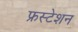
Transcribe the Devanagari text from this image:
फ्रस्टेशन